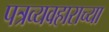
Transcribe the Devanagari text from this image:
पत्रव्यवहाराच्या